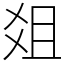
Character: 爼